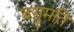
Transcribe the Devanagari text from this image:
बसुमति